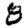
Digit: 8